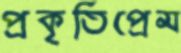
প্রকৃতিপ্রেম